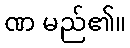
ဏ မည်၏။